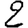
Digit: 2